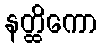
နတ္ထိကော